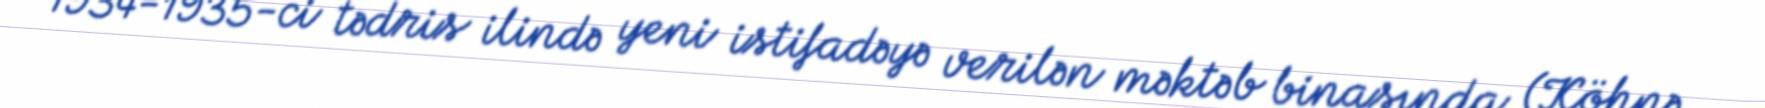
1934-1935-ci tədris ilində yeni istifadəyə verilən məktəb binasında (Köhnə